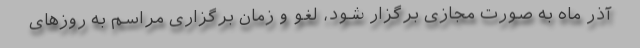
آذر ماه به صورت مجازی برگزار شود، لغو و زمان برگزاری مراسم به روزهای